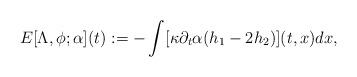
LaTeX: \begin{align*}E[ \Lambda, \phi; \alpha](t):= -\int [\kappa \partial_t \alpha ( h_1-2 h_2)](t,x)dx,\end{align*}